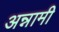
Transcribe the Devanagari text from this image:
अन्नामी